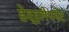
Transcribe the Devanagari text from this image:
डेव्हलेपमेंट